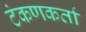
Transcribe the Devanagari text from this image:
टंकणकर्ता